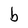
Character: b